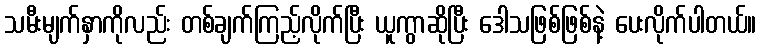
သမီးမျက်နှာကိုလည်း တစ်ချက်ကြည့်လိုက်ပြီး ယူကွာဆိုပြီး ဒေါသဖြစ်ဖြစ်နဲ့ ပေးလိုက်ပါတယ်။